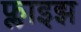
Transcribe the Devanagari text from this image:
फ्लाइझ